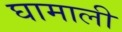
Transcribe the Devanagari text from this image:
घामाली